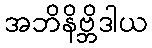
အဘိနိဗ္ဘိဒါယ